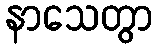
နာသေတွာ